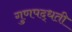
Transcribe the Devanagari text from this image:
गुणपद्धती